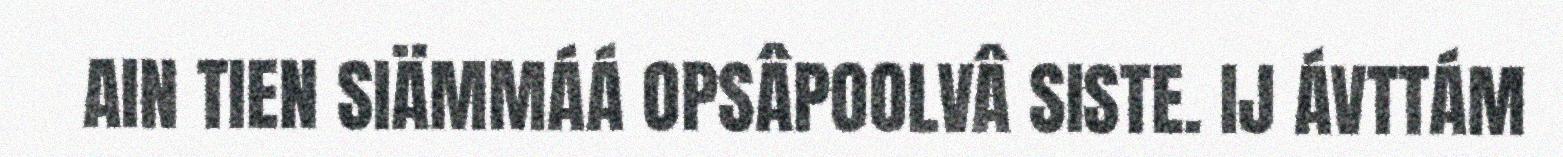
AIN TIEN SIÄMMÁÁ OPSÂPOOLVÂ SISTE. IJ ÁVTTÁM